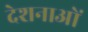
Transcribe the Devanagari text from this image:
देशनाओं